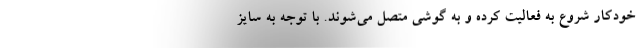
خودکار شروع به فعالیت کرده و به گوشی متصل می‌شوند. با توجه به سایز